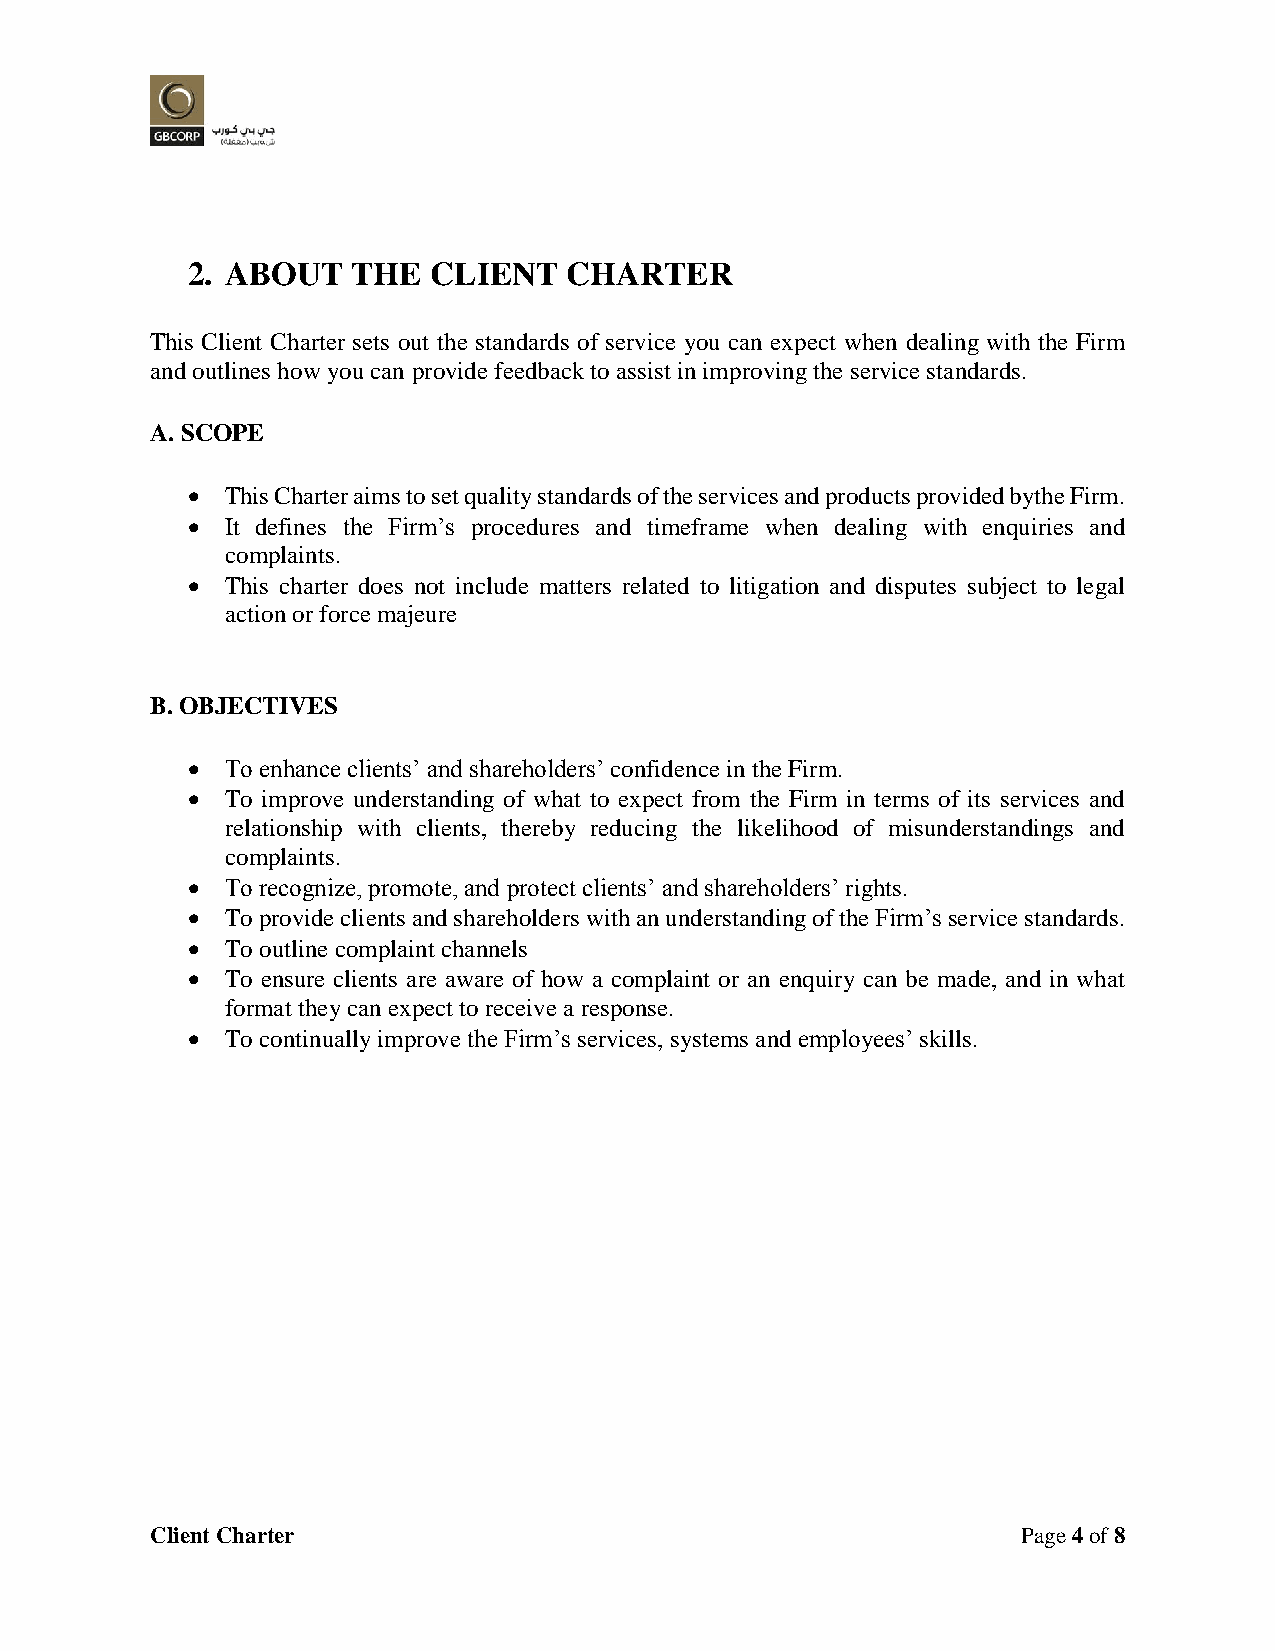
2. ABOUT   THE   CLIENT   CHARTER
 This Client Charter sets out the standards of service you can expect when dealing with the Firm
 and outlines how you can provide feedback to assist in improving the service standards.
 A. SCOPE
   This Charter aims to set quality standards of the services and products provided bythe Firm.
   It defines the Firm’s procedures and timeframe when dealing with enquiries and
 complaints.
   This charter does not include matters related to litigation and disputes subject to legal
 action or force majeure
 B. OBJECTIVES
   To enhance clients’ and shareholders’ confidence in the Firm.
   To improve understanding of what to expect from the Firm in terms of its services and
 relationship with clients, thereby reducing the likelihood of misunderstandings and
 complaints.
   To recognize, promote, and protect clients’ and shareholders’ rights.
   To provide clients and shareholders with an understanding of the Firm’s service standards.
   To outline complaint channels
   To ensure clients are aware of how a complaint or an enquiry can be made, and in what
 format they can expect to receive a response.
   To continually improve the Firm’s services, systems and employees’ skills.
 Client Charter                                            Page 4 of 8